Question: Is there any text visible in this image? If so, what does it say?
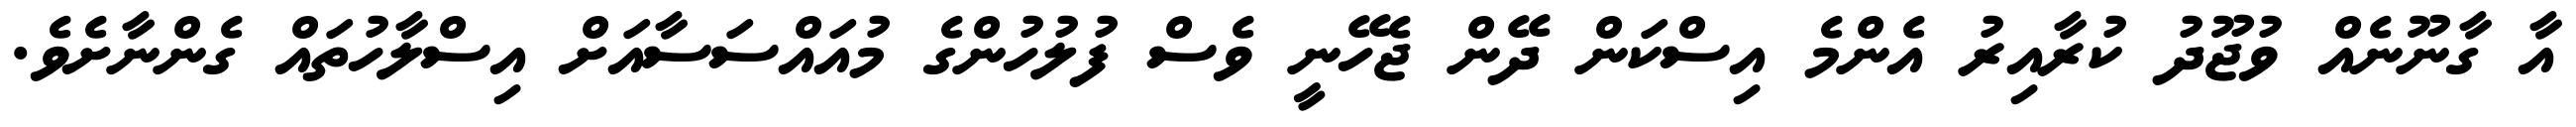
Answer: އާ ގާނޫނެއް ވުޖޫދު ކުރާއިރު އެންމެ އިސްކަން ދޭން ޖެހޭނީ ވެސް ފުލުހުންގެ މުއައްސަސާއަށް އިސްލާހުތައް ގެންނާށެވެ.